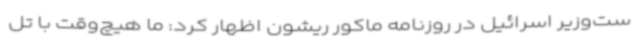
ست‌وزیر اسرائیل در روزنامه ماکور ریشون اظهار کرد: ما هیچ‌وقت با تل